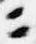
ニ